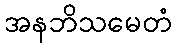
အနဘိသမေတံ